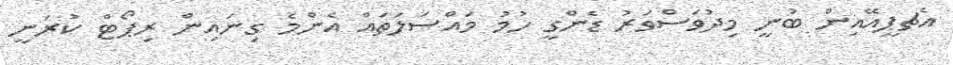
އެޗޕީއޭއިން ބުނީ މިދުވަސްވަރު ޑެންގީ ހުމު މައްސަލަތައް އެންމެ ގިނައިން ރިޕޯޓް ކުރަނީ